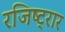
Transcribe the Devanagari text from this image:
रजिष्ट्रार